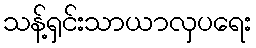
သန့်ရှင်းသာယာလှပရေး